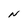
Character: N